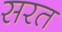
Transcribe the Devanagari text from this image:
सरत